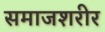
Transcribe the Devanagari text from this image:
समाजशरीर